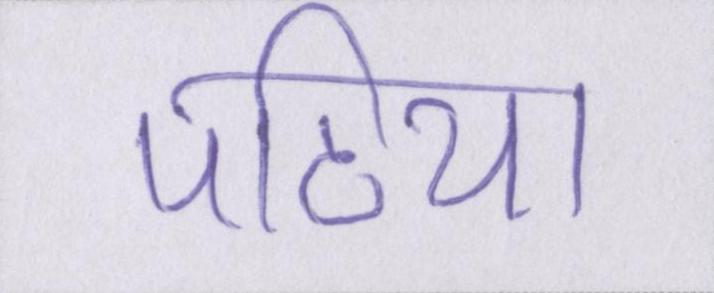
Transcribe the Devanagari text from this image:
पटिया